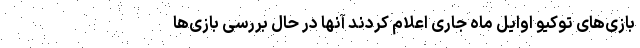
بازی‌های توکیو اوایل ماه جاری اعلام کردند آنها در حال بررسی بازی‌ها